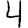
Digit: 4